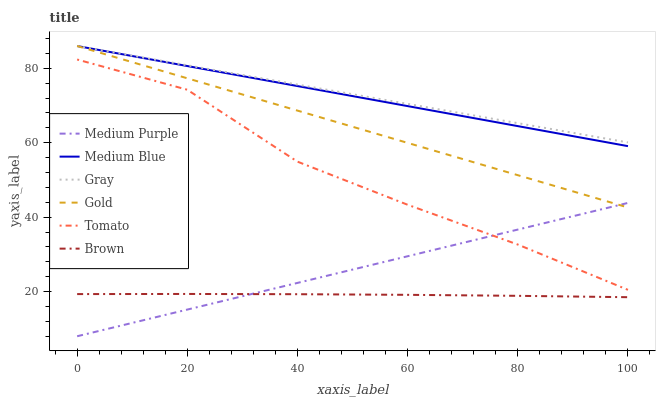
| xaxis_label | Medium Purple | Medium Blue | Gray | Gold | Tomato | Brown |
 | --- | --- | --- | --- | --- | --- | --- |
 | 0 | 8 | 86 | 86 | 86 | 82.4 | 19.3 |
 | 20 | 15.2 | 80.6 | 80.8 | 77.3 | 74.2 | 19.4 |
 | 40 | 22.3 | 75.2 | 75.6 | 68.6 | 54.9 | 19.3 |
 | 60 | 29.5 | 69.9 | 70.5 | 60 | 43.3 | 19.1 |
 | 80 | 36.7 | 64.5 | 65.3 | 51.3 | 32.6 | 18.9 |
 | 100 | 43.8 | 59.1 | 60.1 | 42.6 | 20.5 | 18.5 |